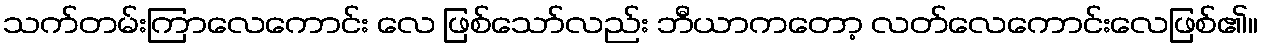
သက်တမ်းကြာလေကောင်း လေ ဖြစ်သော်လည်း ဘီယာကတော့ လတ်လေကောင်းလေဖြစ်၏။